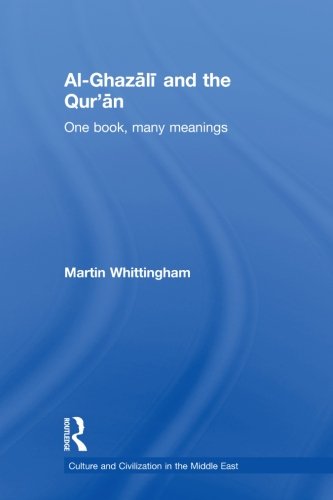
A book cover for Al-Ghazali and the Qur'an: One Book, Many Meanings (Culture and Civilization in the Middle East); Martin Whittingham; Religion & Spirituality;